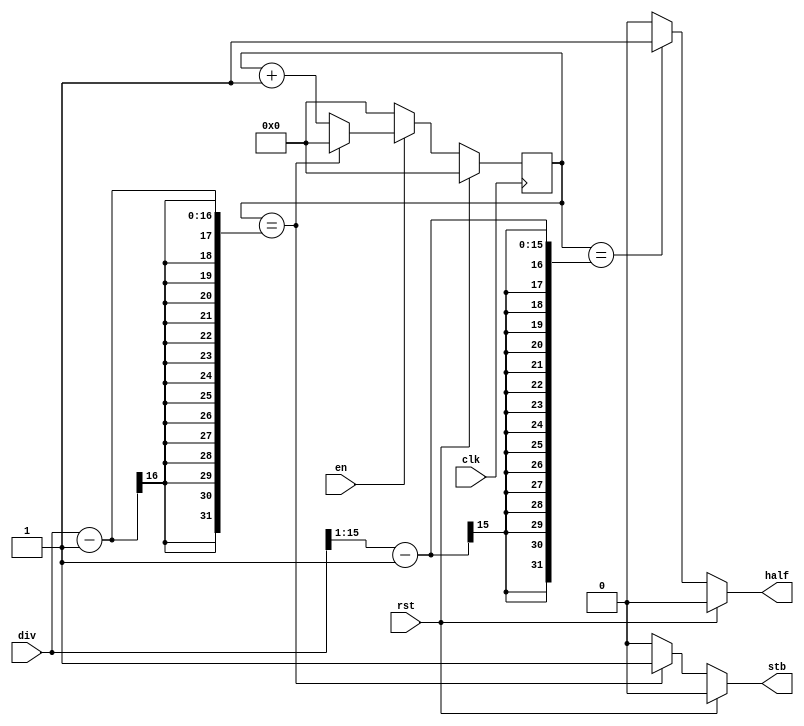
`timescale 1ns / 1ps
//////////////////////////////////////////////////////////////////////////////////
// Company: 
// 
// Design Name: 
// Module Name: uart_prescaler
// Project Name: axis_uart
// Target Devices: All
// Tool Versions: 2018.3
// Description: 
// 
// Dependencies: 
// 
// Revision:
// Revision 0.01 - File Created
// Additional Comments:
// 
//////////////////////////////////////////////////////////////////////////////////

module uart_prescaler
(
	input wire clk,
	input wire rst,
	input wire en,
	input wire [15:0]div,
	output wire stb,
	output wire half
);

reg [15:0]cnt;
reg stb_out;
reg half_out;

assign stb = stb_out;
assign half = half_out;

always @(posedge clk) begin
	if (rst == 1'b1) begin
		cnt <= 0;
	end else begin
		if (en == 1'b1) begin
			if (cnt == (div - 1)) begin
				cnt <= 0;
			end else begin
				cnt <= cnt + 1;
			end 
		end else begin
			cnt <= 0;
		end
	end
end

always @(*) begin
	if (rst == 1'b1) begin
		stb_out <= 1'b0;
	end else begin
		stb_out <= (cnt == (div - 1)) ? 1'b1 : 1'b0;
	end
end

always @(*) begin
	if (rst == 1'b1) begin
		half_out <= 1'b0;
	end else begin
		half_out <= (cnt == ({1'b0,div[15:1]} - 1)) ? 1'b1 : 1'b0;
	end
end

endmodule